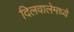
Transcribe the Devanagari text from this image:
दिलवालेमध्ये